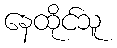
နေထိုင်သူ